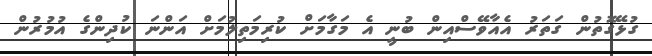
ގުޅޭގޮތުން ގަތަރު އެއާވޭސްއިން ބުނީ އެ މަގާމަށް ކުރިމަތިލުމަށް އަންނަ ކުދިންގެ އުމުރުން